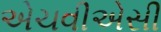
એચવીએસી